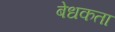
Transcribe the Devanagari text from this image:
बेधकता